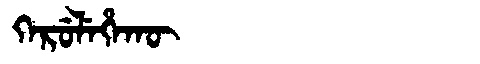
Manchu: ᡴᡝᡵᡠᠯᡝᡥᠠᡴᡡ
Romanization: KERULEHAKŪ